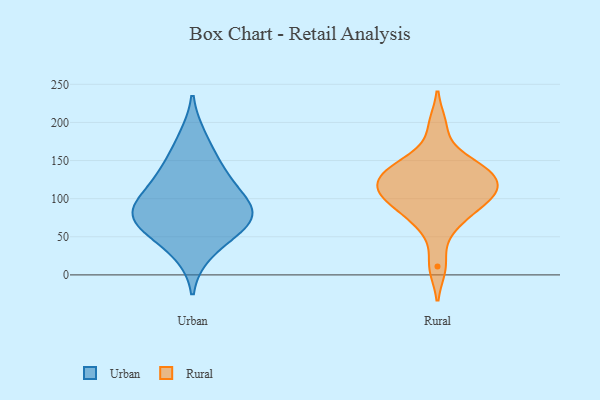
{"axis": {"x": "Operating Costs (USD K)", "y": "Value"}, "legend": ["Rural", "Urban"], "data": [{"x": "", "y": 80, "type": "Urban"}, {"x": "", "y": 136, "type": "Urban"}, {"x": "", "y": 179, "type": "Urban"}, {"x": "", "y": 139, "type": "Urban"}, {"x": "", "y": 72, "type": "Urban"}, {"x": "", "y": 65, "type": "Urban"}, {"x": "", "y": 30, "type": "Urban"}, {"x": "", "y": 84, "type": "Urban"}, {"x": "", "y": 61, "type": "Urban"}, {"x": "", "y": 99, "type": "Urban"}, {"x": "", "y": 105, "type": "Urban"}, {"x": "", "y": 11, "type": "Rural"}, {"x": "", "y": 134, "type": "Rural"}, {"x": "", "y": 100, "type": "Rural"}, {"x": "", "y": 142, "type": "Rural"}, {"x": "", "y": 93, "type": "Rural"}, {"x": "", "y": 63, "type": "Rural"}, {"x": "", "y": 79, "type": "Rural"}, {"x": "", "y": 115, "type": "Rural"}, {"x": "", "y": 118, "type": "Rural"}, {"x": "", "y": 141, "type": "Rural"}, {"x": "", "y": 196, "type": "Rural"}, {"x": "", "y": 108, "type": "Rural"}, {"x": "", "y": 145, "type": "Rural"}, {"x": "", "y": 113, "type": "Rural"}]}